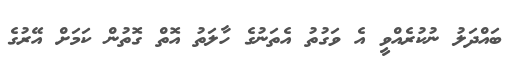
ބައްދަލު ނުކުރެއްވީ އެ ވަގުތު އެތަނުގެ ހާލަތު އޮތް ގޮތުން ކަމަށް އޭރުގެ